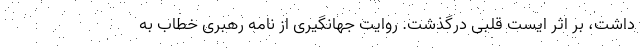
داشت، بر اثر ایست قلبی درگذشت. روایت جهانگیری از نامه رهبری خطاب به